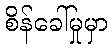
စိန်ခေါ်မှုမှာ